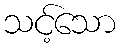
သင့်သော